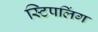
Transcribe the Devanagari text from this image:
स्टिपलिंग